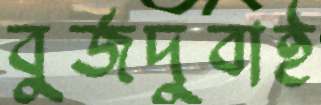
বুর্জদুবাই